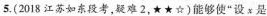
5. (2018江苏如东段考，疑难2，★★☆)能够使”设x是